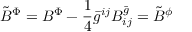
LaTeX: { \tilde { B } } ^ { \Phi } = { B } ^ { \Phi } - \frac { 1 } { 4 } { \bar { g } } ^ { i j } B _ { i j } ^ { \bar { g } } = { \tilde { B } } ^ { \phi }